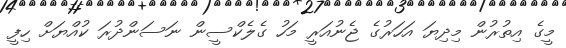
މީގެ އިތުރުން މިދިޔަ އަހަރުގެ ޖެނުއަރީ މަހު ގެލެކްސީން ނަސަންދުރަ ކުއްޔަށް ހިފީ